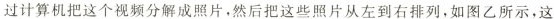
过计算机把这个视频分解成照片，然后把这些照片从左到右排列，如图乙所示，这